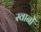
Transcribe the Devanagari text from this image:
स्वानों